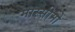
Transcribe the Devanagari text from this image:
मास्सीमो